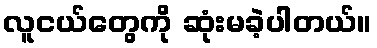
လူငယ်တွေကို ဆုံးမခဲ့ပါတယ်။